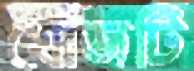
খোঁজটি